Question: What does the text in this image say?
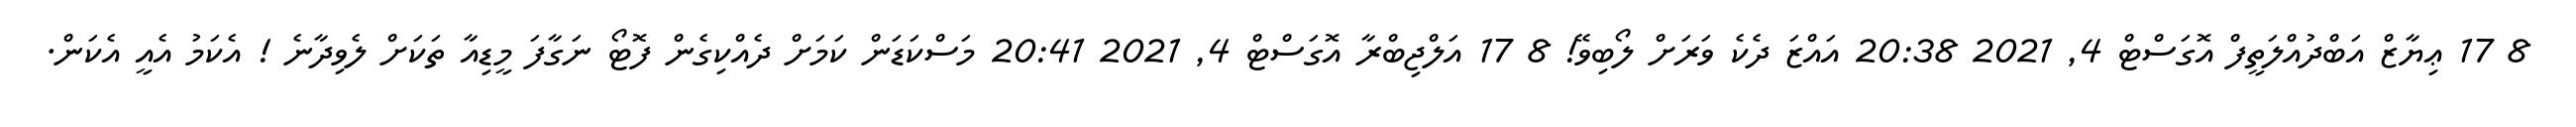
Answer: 8 17 ޢިޔާޒް އަބްދުއްލަތީފް އޮގަސްޓް 4, 2021 20:38 އައްޒަ ދެކެ ވަރަށް ލޯބިވޭ! 8 17 އަލްޖިބްރާ އޮގަސްޓް 4, 2021 20:41 މަސްކަޑަން ކަމަށް ދެއްކިގެން ފޮޓޯ ނަގާފަ މީޑިއާ ތަކަށް ލެވިދާނެ ! އެކަމު އެއީ އެކަން.